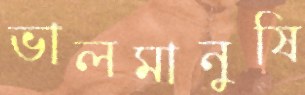
ভালমানুষি